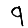
Digit: 9